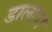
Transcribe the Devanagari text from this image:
डाला।।